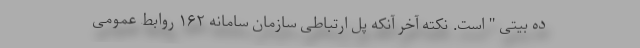
ده بیتی " است. نکته آخر آنکه پل ارتباطی سازمان سامانه ۱۶۲ روابط عمومی